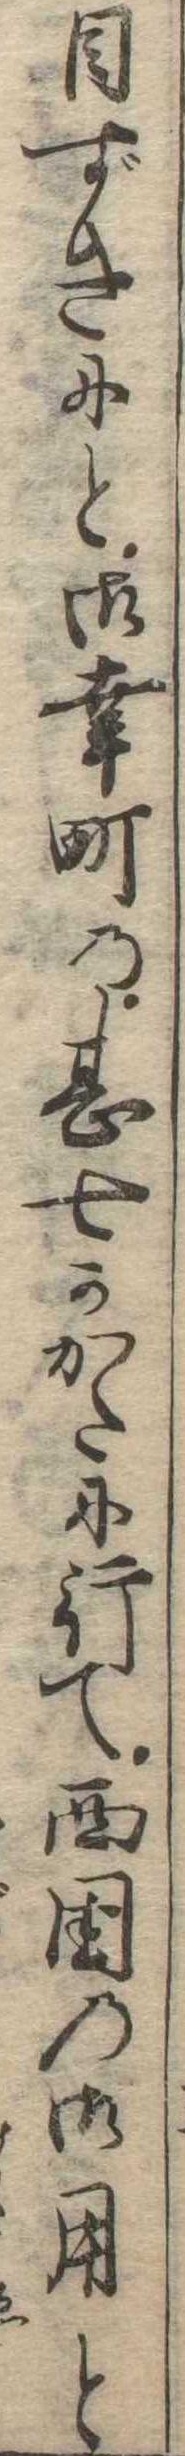
目ずきにと御幸町の甚七かかたに行て西国の御用と